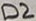
Text: D2